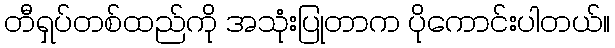
တီရှပ်တစ်ထည်ကို အသုံးပြုတာက ပိုကောင်းပါတယ်။